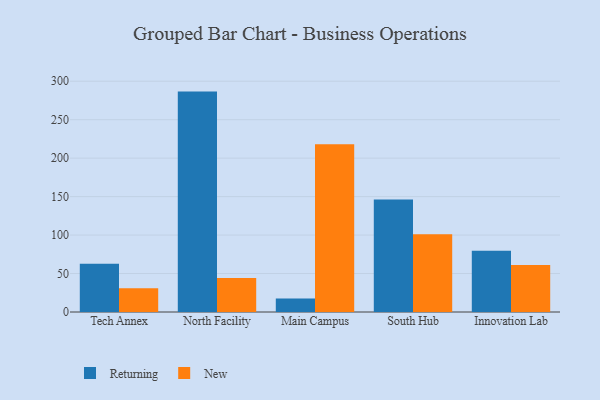
{"axis": {"x": "Campus", "y": "Gross Profit (USD K)"}, "legend": ["New", "Returning"], "data": [{"x": "Tech Annex", "y": 62.6, "type": "Returning"}, {"x": "Tech Annex", "y": 30.8, "type": "New"}, {"x": "North Facility", "y": 286.5, "type": "Returning"}, {"x": "North Facility", "y": 44.1, "type": "New"}, {"x": "Main Campus", "y": 17.6, "type": "Returning"}, {"x": "Main Campus", "y": 218.1, "type": "New"}, {"x": "South Hub", "y": 146.3, "type": "Returning"}, {"x": "South Hub", "y": 101.0, "type": "New"}, {"x": "Innovation Lab", "y": 79.7, "type": "Returning"}, {"x": "Innovation Lab", "y": 61.2, "type": "New"}]}